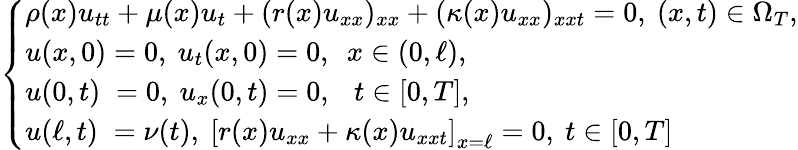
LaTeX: \begin{array}{r}{\left\{ \begin{array}{lc}{\rho(x)u_{tt}+\mu(x)u_{t}+(r(x)u_{xx})_{xx}+(\kappa(x)u_{xx})_{xxt}=0,~(x,t)\in\Omega_{T},}\\ {u(x,0)=0,~u_{t}(x,0)=0,~~x\in(0,\ell),}\\ {u(0,t)\; =0,~u_{x}(0,t)=0,~~\ t\in[0,T],}\\ {u(\ell,t)\; =\nu(t),~\left[r(x)u_{xx}+\kappa(x)u_{xxt}\right]_{x=\ell}=0,~t\in[0,T]}\end{array}\right.}\end{array}